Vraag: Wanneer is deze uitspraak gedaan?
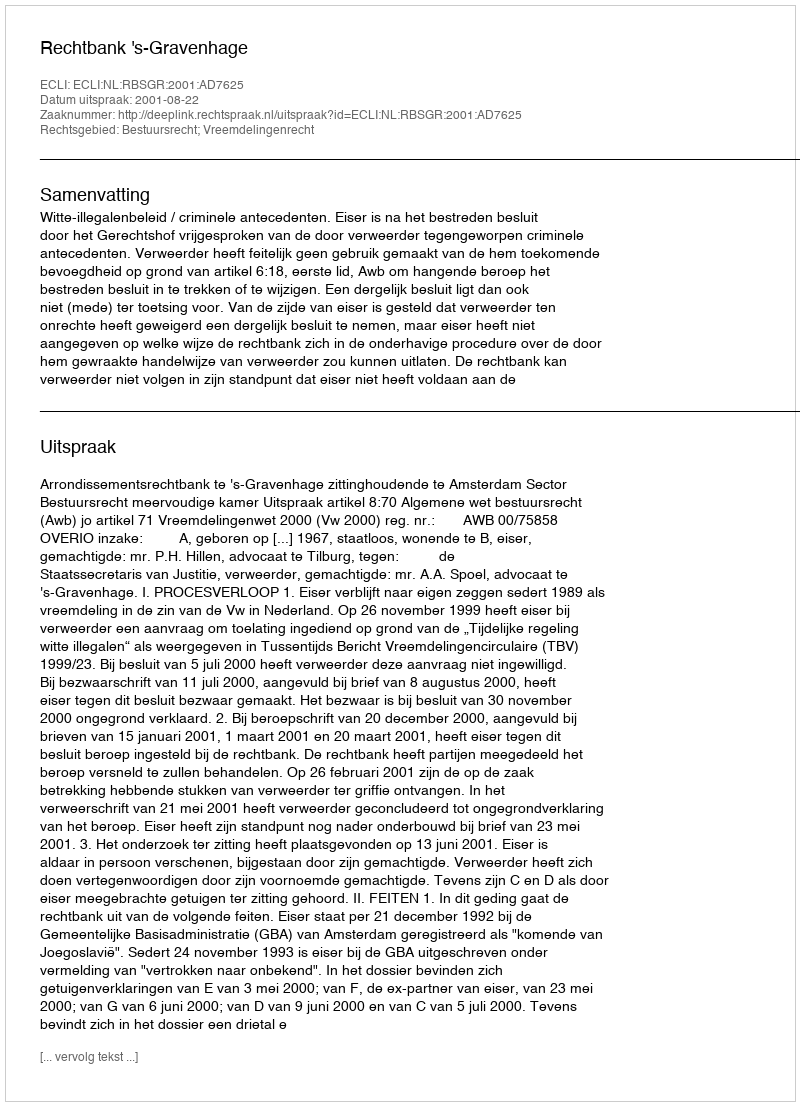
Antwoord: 2001-08-22